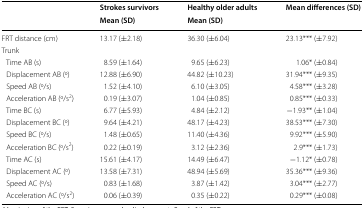
<table><thead><tr><td rowspan="2"></td><td><b>Strokes survivors</b></td><td><b>Healthy older adults</b></td><td rowspan="2"><b>Mean differences (SD)</b></td></tr><tr><td><b>Mean (SD)</b></td><td><b>Mean (SD)</b></td></tr></thead><tbody><tr><td>FRT distance (cm)</td><td>13.17 (±2.18)</td><td>36.30 (±6.04)</td><td>23.13*** (±7.92)</td></tr><tr><td colspan="4">Trunk</td></tr><tr><td> Time AB (s)</td><td>8.59 (±1.64)</td><td>9.65 (±6.23)</td><td>1.06* (±0.84)</td></tr><tr><td> Displacement AB (o)</td><td>12.88 (±6.90)</td><td>44.82 (±10.23)</td><td>31.94*** (±9.35)</td></tr><tr><td> Speed AB (o/s)</td><td>1.52 (±4.10)</td><td>6.10 (±3.05)</td><td>4.58*** (±3.28)</td></tr><tr><td> Acceleration AB (o/s<sup>2</sup>)</td><td>0.19 (±3.07)</td><td>1.04 (±0.85)</td><td>0.85*** (±0.33)</td></tr><tr><td> Time BC (s)</td><td>6.77 (±5.93)</td><td>4.84 (±2.12)</td><td>−1.93** (±1.04)</td></tr><tr><td> Displacement BC (o)</td><td>9.64 (±4.21)</td><td>48.17 (±4.23)</td><td>38.53*** (±7.30)</td></tr><tr><td> Speed BC (o/s)</td><td>1.48 (±0.65)</td><td>11.40 (±4.36)</td><td>9.92*** (±5.90)</td></tr><tr><td> Acceleration BC (o/s<sup>2</sup>)</td><td>0.22 (±0.19)</td><td>3.12 (±2.36)</td><td>2.9*** (±1.73)</td></tr><tr><td> Time AC (s)</td><td>15.61 (±4.17)</td><td>14.49 (±6.47)</td><td>−1.12* (±0.78)</td></tr><tr><td> Displacement AC (o)</td><td>13.58 (±7.31)</td><td>48.94 (±5.69)</td><td>35.36*** (±9.36)</td></tr><tr><td> Speed AC (o/s)</td><td>0.83 (±1.68)</td><td>3.87 (±1.42)</td><td>3.04*** (±2.77)</td></tr><tr><td> Acceleration AC (o/s<sup>2</sup>)</td><td>0.06 (±0.39)</td><td>0.35 (±0.22)</td><td>0.29*** (±0.08)</td></tr></tbody></table>